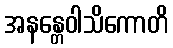
အနန္တေဝါသိကောတိ